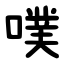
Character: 噗